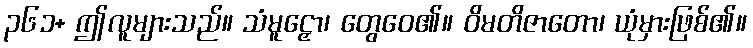
၃၆၁+ ဤလူများသည်။ သံမူဠှော၊ တွေဝေ၏။ ဝိမတိဇာတော၊ ယုံမှားဖြစ်၏။